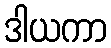
ဒါယကာ